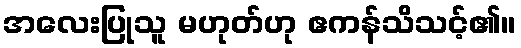
အလေးပြုသူ မဟုတ်ဟု ဧကန်သိသင့်၏။